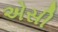
એસી